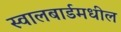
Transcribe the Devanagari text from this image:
स्वालबार्डमधील